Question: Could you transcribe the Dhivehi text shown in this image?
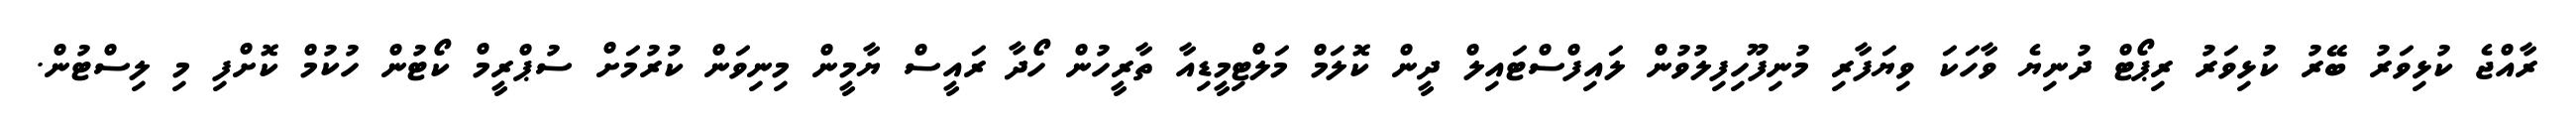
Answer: ރާއްޖެ ކުޅިވަރު ބޭރު ކުޅިވަރު ރިޕޯޓް ދުނިޔެ ވާހަކަ ވިޔަފާރި މުނިފޫހިފިލުވުން ލައިފްސްޓައިލް ދީން ކޮލަމް މަލްޓިމީޑިއާ ތާރީހުން ހޯދާ ރައީސް ޔާމީން މިނިވަން ކުރުމަށް ސުޕްރީމް ކޯޓުން ހުކުމް ކޮށްފި މި ލިސްޓުން.